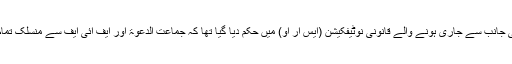
خیال رہے کہ روں ماہ 10 فروری کو وزارتِ داخلہ کی جانب سے جاری ہونے والے قانونی نوٹیفکیشن (ایس آر او) میں حکم دیا گیا تھا کہ جماعت الدعوۃ اور ایف آئی ایف سے منسلک تمام منقولہ اور غیرمنقولہ جائیدادوں کو ضبط کر لیا جائے۔